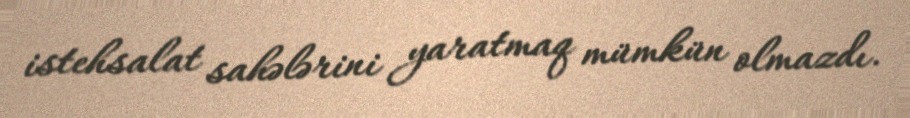
istehsalat sahələrini yaratmaq mümkün olmazdı.